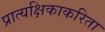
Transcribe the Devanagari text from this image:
प्रात्यक्षिकाकरिता